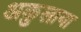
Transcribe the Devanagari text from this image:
अकुलाया